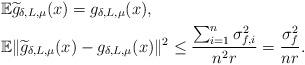
LaTeX: \begin{align*} &\mathbb{E}\widetilde{g}_{\delta, L, \mu}(x) = g_{\delta, L, \mu}(x), \\ &\mathbb{E}\|\widetilde{g}_{\delta, L, \mu}(x)-g_{\delta, L, \mu}(x)\|^2 \leq \frac{\sum_{i=1}^n\sigma_{f, i }^2}{n^2r}=\frac{\sigma_f^2}{nr}. \end{align*}